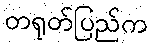
တရုတ်ပြည်က